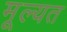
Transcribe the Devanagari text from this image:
मूल्यत